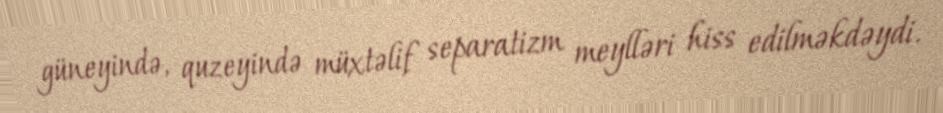
güneyində, quzeyində müxtəlif separatizm meylləri hiss edilməkdəydi.